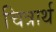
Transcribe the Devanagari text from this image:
चित्रार्थ